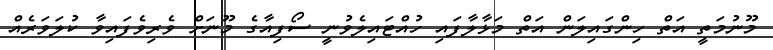
މޫނުމަތީ އަތް ހިންގައިލަން އަތް މަޅާލާފައި ހުއްޓައިލެވުނީ ސޯފިއާގެ މޫނަށް ވެރިވެފައިވާ ކުލަވަރެއް